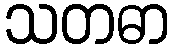
သတဓာ